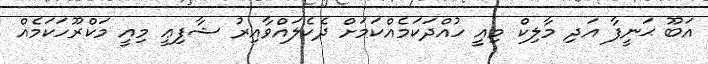
އަބޫ ޙަނީފާ އަދި މާލިކް މިއީ ހުއްދަކަމެއްކަމަށް ދެކެލައްވާއިރު ޝާފިޢީ މިއީ މަކްރޫހަކަމެއް